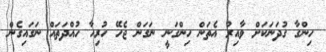
ހިންގާ ގުދަނަކަށް ވާއިރު އެތަން ހިންގަނީ ނަގަން ޖެހޭ ހުރިހާ ހުއްދަތައް ނަގައިގެން